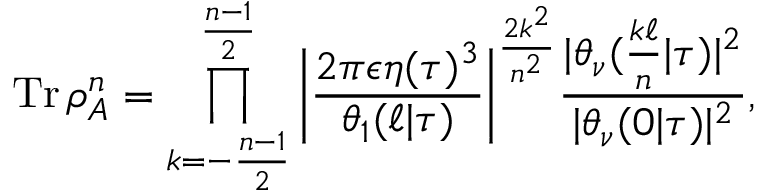
\operatorname { T r } \rho _ { A } ^ { n } = \prod _ { k = - \frac { n - 1 } { 2 } } ^ { \frac { n - 1 } { 2 } } \bigg | \frac { 2 \pi \epsilon \eta ( \tau ) ^ { 3 } } { \theta _ { 1 } ( \ell | \tau ) } \bigg | ^ { \frac { 2 k ^ { 2 } } { n ^ { 2 } } } \frac { | \theta _ { \nu } ( \frac { k \ell } { n } | \tau ) | ^ { 2 } } { | \theta _ { \nu } ( 0 | \tau ) | ^ { 2 } } ,